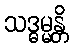
သဒ္ဓမ္မန္တိ